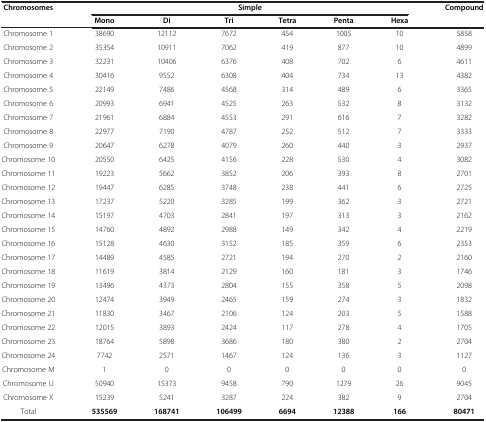
<table><thead><tr><td rowspan="2"><b>Chromosomes</b></td><td colspan="6"><b>Simple</b></td><td rowspan="2"><b>Compound</b></td></tr><tr><td><b>Mono</b></td><td><b>Di</b></td><td><b>Tri</b></td><td><b>Tetra</b></td><td><b>Penta</b></td><td><b>Hexa</b></td></tr></thead><tbody><tr><td>Chromosome 1</td><td>38690</td><td>12112</td><td>7672</td><td>454</td><td>1005</td><td>10</td><td>5858</td></tr><tr><td>Chromosome 2</td><td>35354</td><td>10911</td><td>7062</td><td>419</td><td>877</td><td>10</td><td>4899</td></tr><tr><td>Chromosome 3</td><td>32231</td><td>10406</td><td>6376</td><td>408</td><td>702</td><td>6</td><td>4611</td></tr><tr><td>Chromosome 4</td><td>30416</td><td>9552</td><td>6308</td><td>404</td><td>734</td><td>13</td><td>4382</td></tr><tr><td>Chromosome 5</td><td>22149</td><td>7486</td><td>4568</td><td>314</td><td>489</td><td>6</td><td>3365</td></tr><tr><td>Chromosome 6</td><td>20993</td><td>6941</td><td>4525</td><td>263</td><td>532</td><td>8</td><td>3132</td></tr><tr><td>Chromosome 7</td><td>21961</td><td>6884</td><td>4553</td><td>291</td><td>616</td><td>7</td><td>3282</td></tr><tr><td>Chromosome 8</td><td>22977</td><td>7190</td><td>4787</td><td>252</td><td>512</td><td>7</td><td>3333</td></tr><tr><td>Chromosome 9</td><td>20647</td><td>6278</td><td>4079</td><td>260</td><td>440</td><td>3</td><td>2937</td></tr><tr><td>Chromosome 10</td><td>20550</td><td>6425</td><td>4156</td><td>228</td><td>530</td><td>4</td><td>3082</td></tr><tr><td>Chromosome 11</td><td>19223</td><td>5662</td><td>3852</td><td>206</td><td>393</td><td>8</td><td>2701</td></tr><tr><td>Chromosome 12</td><td>19447</td><td>6285</td><td>3748</td><td>238</td><td>441</td><td>6</td><td>2725</td></tr><tr><td>Chromosome 13</td><td>17237</td><td>5220</td><td>3285</td><td>199</td><td>362</td><td>3</td><td>2721</td></tr><tr><td>Chromosome 14</td><td>15197</td><td>4703</td><td>2841</td><td>197</td><td>313</td><td>3</td><td>2162</td></tr><tr><td>Chromosome 15</td><td>14760</td><td>4892</td><td>2988</td><td>149</td><td>342</td><td>4</td><td>2219</td></tr><tr><td>Chromosome 16</td><td>15128</td><td>4630</td><td>3152</td><td>185</td><td>359</td><td>6</td><td>2353</td></tr><tr><td>Chromosome 17</td><td>14489</td><td>4585</td><td>2721</td><td>194</td><td>270</td><td>2</td><td>2160</td></tr><tr><td>Chromosome 18</td><td>11619</td><td>3814</td><td>2129</td><td>160</td><td>181</td><td>3</td><td>1746</td></tr><tr><td>Chromosome 19</td><td>13496</td><td>4373</td><td>2804</td><td>155</td><td>358</td><td>5</td><td>2098</td></tr><tr><td>Chromosome 20</td><td>12474</td><td>3949</td><td>2465</td><td>159</td><td>274</td><td>3</td><td>1832</td></tr><tr><td>Chromosome 21</td><td>11830</td><td>3467</td><td>2106</td><td>124</td><td>203</td><td>5</td><td>1588</td></tr><tr><td>Chromosome 22</td><td>12015</td><td>3893</td><td>2424</td><td>117</td><td>278</td><td>4</td><td>1705</td></tr><tr><td>Chromosome 23</td><td>18764</td><td>5898</td><td>3686</td><td>180</td><td>380</td><td>2</td><td>2704</td></tr><tr><td>Chromosome 24</td><td>7742</td><td>2571</td><td>1467</td><td>124</td><td>136</td><td>3</td><td>1127</td></tr><tr><td>Chromosome M</td><td>1</td><td>0</td><td>0</td><td>0</td><td>0</td><td>0</td><td>0</td></tr><tr><td>Chromosome U</td><td>50940</td><td>15373</td><td>9458</td><td>790</td><td>1279</td><td>26</td><td>9045</td></tr><tr><td>Chromosome X</td><td>15239</td><td>5241</td><td>3287</td><td>224</td><td>382</td><td>9</td><td>2704</td></tr><tr><td>Total</td><td><b>535569</b></td><td><b>168741</b></td><td><b>106499</b></td><td><b>6694</b></td><td><b>12388</b></td><td><b>166</b></td><td><b>80471</b></td></tr></tbody></table>